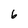
Character: 6